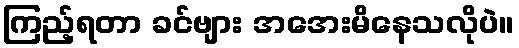
ကြည့်ရတာ ခင်ဗျား အအေးမိနေသလိုပဲ။